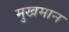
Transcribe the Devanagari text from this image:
मुखमान